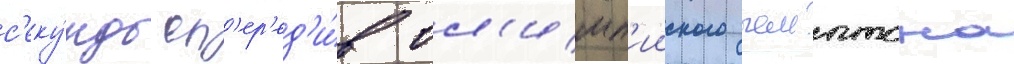
с'еку́нды оп'ер'ед'и́в ол'имп'ииского чемптона